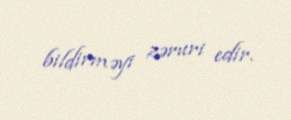
bildirməyi zəruri edir.